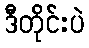
ဒီတိုင်းပဲ